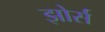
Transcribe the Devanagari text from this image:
झोर्स